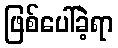
ဖြစ်ပေါ်ခဲ့ရာ